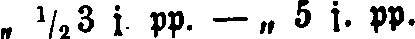
„ ½3 j. pp. — „ 5 j. pp.